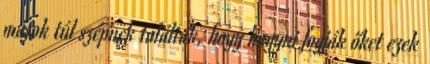
mások túl szépnek találták, hogy hagyni fogják őket ezek